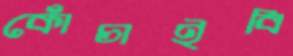
কোঁচাইবি